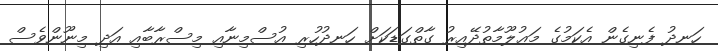
ހަނދު ފެނިގެން އެކަމުގެ މަޢުލޫމާތުދޭއިރު ގާތްގަޑަކަށް ހަނދުހުރި އުސްމިނާއި މިސްރާބާއި އަދި މިނޫންވެސް